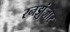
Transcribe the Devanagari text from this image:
रनझुंजार